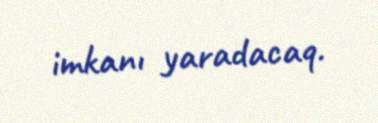
imkanı yaradacaq.